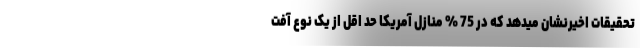
تحقیقات اخیرنشان میدهد که در 75 % منازل آمریکا حد اقل از یک نوع آفت